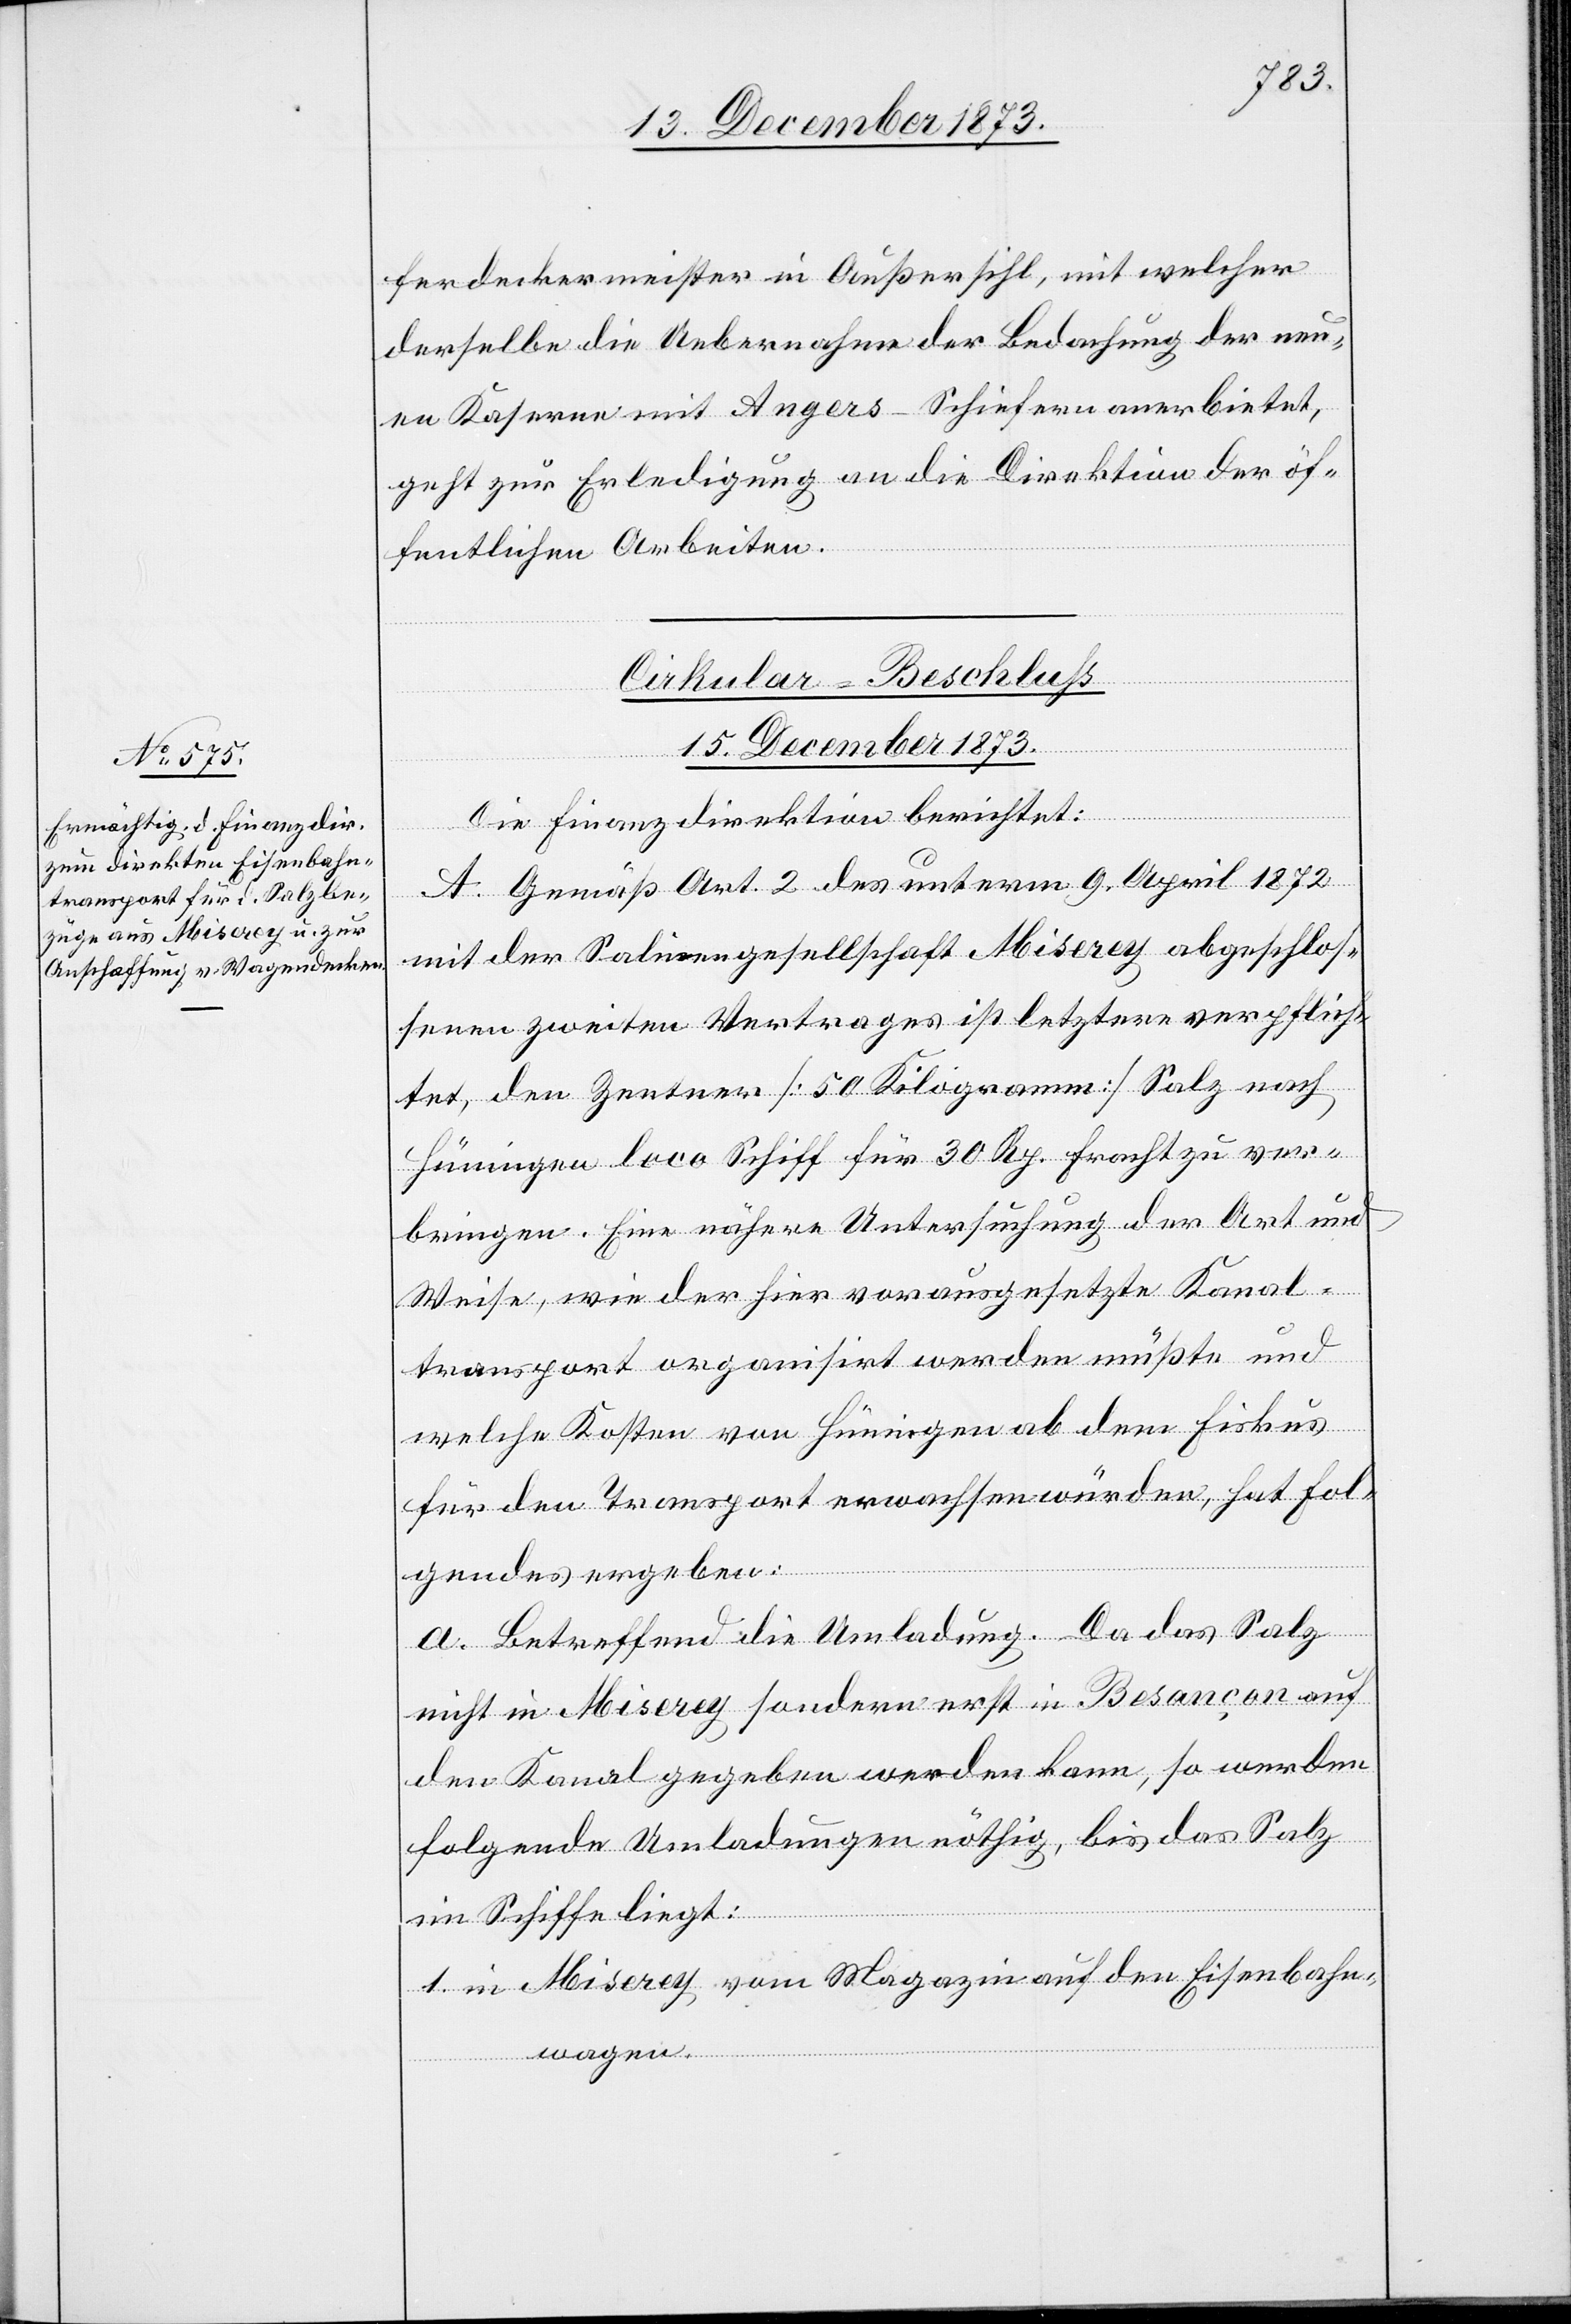
15. December 1873.
ferdeckermeister in Außersihl, mit welcher
derselbe die Uebernahme der Bedachung der neu¬
en Kaserne mit Angers-Schiefern anerbietet,
geht zur Erledigung an die Direktion der öf¬
fentlichen Arbeiten.
Cirkular-Beschluss
Die Finanzdirektion berichtet:
A. Gemäß Art. 2 des unterm 9. April 1872
mit der Salinengesellschaft Miserey abgeschlos¬
senen zweiten Vertrages ist letztere verpflich¬
tet, den Zentner [50 Kilogramm] Salz nach
Hüningen loco Schiff für 30 Rp. Fracht zu ver¬
bringen. Eine nähere Untersuchung der Art und
Weise, wie der hier vorausgesetzte Kanal¬
transport organisirt werden müßte und
welche Kosten von Hüningen ab dem Fiskus
für den Transport erwachsen würden, hat Fol¬
gendes ergeben:
a. Betreffend die Umladung. Da das Salz
nicht in Miserey sondern erst in Besançon auf
den Kanal gegeben werden kann, so werden
folgende Umladungen nöthig, bis das Salz
im Schiffe liegt:
1. in Miserey vom Magazin auf den Eisenbahn¬
wagen.